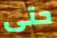
حتى